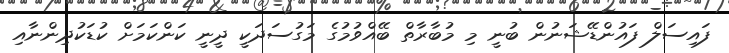
ފައިސަލް ފައުންޑޭޝަނުން ބުނީ މި މުބާރާތް ބޭއްވުމުގެ މަގުސަދަކީ ދީނީ ކަންކަމަށް ކުޑަކުދިންނާއި